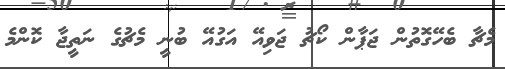
މެޗާ ބެހޭގޮތުން ޖަޕާން ކޯޗު ޖަވިއޭ އަގުއޭ ބުނީ މެޗުގެ ނަތީޖާ ކޮންމެ